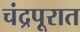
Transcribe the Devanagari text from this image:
चंद्रपूरात